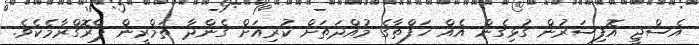
އެސްޖީ އޮފިސަރުން ގުޅިގެން އެއް ހަފްތާގެ މުއްދަތަށް ކުރިއަށް ގެންދާ ތަމްރީން ޕްރޮގްރާމެކެވެ.